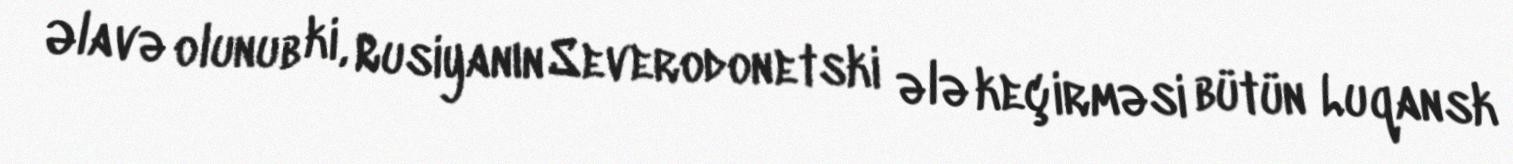
Əlavə olunub ki, Rusiyanın Severodonetski ələ keçirməsi bütün Luqansk